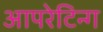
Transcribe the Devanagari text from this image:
आपरेटिन्ग